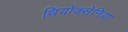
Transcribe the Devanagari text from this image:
थियोक्सेनिया